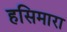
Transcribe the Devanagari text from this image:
हसिमारा